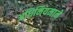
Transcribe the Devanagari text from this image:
अधिनियमाने